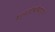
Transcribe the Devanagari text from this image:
धर्मजीवविज्ञान